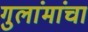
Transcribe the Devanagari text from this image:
गुलांमांचा